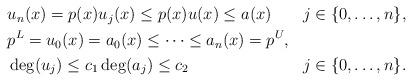
LaTeX: \begin{align*} \begin{aligned} &u_n(x) = p(x) u_j(x) \leq p(x) u(x) \leq a(x) && j \in \{0, \ldots, n \}, \\ &p^L = u_{0}(x) = a_0(x) \leq \cdots \leq a_n(x) = p^U, \\ & \deg(u_j) \leq c_1 \deg(a_j) \leq c_2 && j \in \{0, \ldots, n \}. \end{aligned} \end{align*}